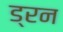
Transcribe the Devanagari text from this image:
ड्रन